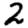
Digit: 2